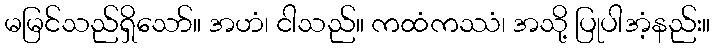
မမြင်သည်ရှိသော်။ အဟံ၊ ငါသည်။ ကထံကဿံ၊ အသို့ ပြုပါအံ့နည်း။